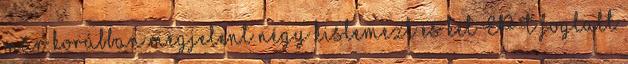
már korábban megjelent négy kislemezt és két EP-t foglalt